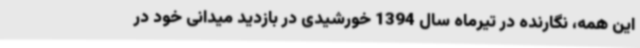
این همه، نگارنده در تیرماه سال 1394 خورشیدی در بازدید میدانی خود در